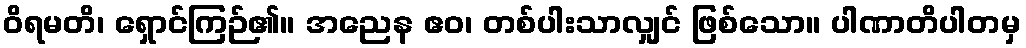
ဝိရမတိ၊ ရှောင်ကြဉ်၏။ အညေန ဧဝ၊ တစ်ပါးသာလျှင် ဖြစ်သော။ ပါဏာတိပါတမှ